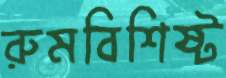
রুমবিশিষ্ট